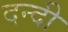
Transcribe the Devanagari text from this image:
दन्दी